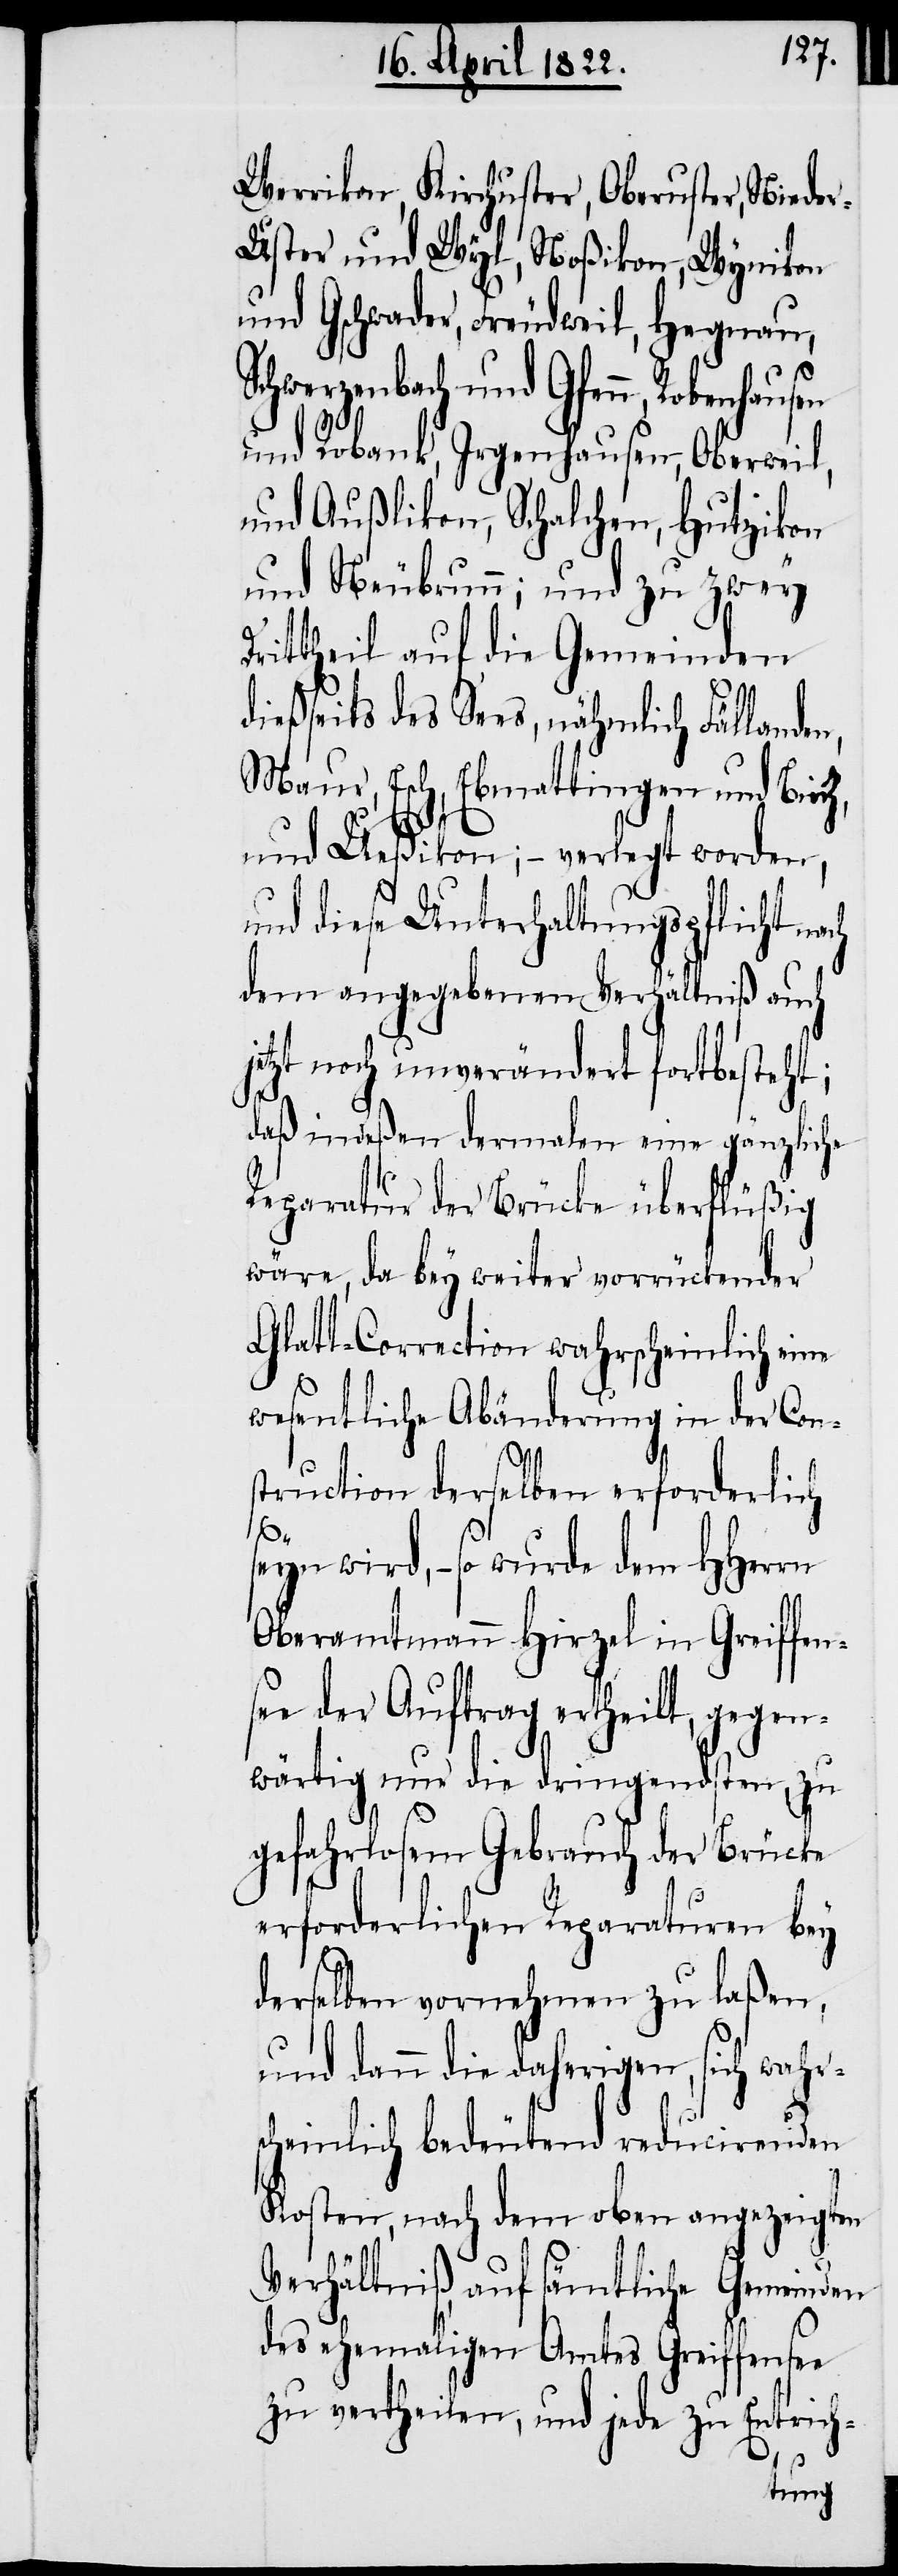
Werrikon, Kirchuster, Oberuster, Niede¬
r-Uster und Wyl, Noßikon, Wynikon
und Gschwader, Freudweil, Hegnau,
Schwerzenbach und Gfenn, Robenhausen
und Robank, Irgenhausen, Oberweil,
und Außlikon, Schalchen, Hutzikon
und Neubrunn; und zu zwey
Drittheil auf die Gemeinden
dießseits des Sees, nähmlich Fällande¬
Maur, Esch, Ebmattingen und Birch,
und Ueßlikon; – verlegt worden,
und diese Unterhaltungspflicht nach
dem angegebenen Verhältniß auch
jetzt noch unverändert fortbesteht;
daß indeßen dermalen eine gänzliche
Reparatur der Brücke überflüßig
wäre, da bey weiter vorrückender
Glatt-Correction wahrscheinlich eine
wesentliche Abänderung in der Con¬
struction derselben erforderliche
seyn wird, – so wurde dem HHerrn
Oberamtmann Hirzel in Greiffen¬
see der Auftrag ertheilt, gegen¬
wärtig nur die dringendsten, zu
gefahrlosem Gebrauch der Brücke
erforderlichen Reparaturen bey
n,
derselben vornehmen zu laßen,
und dann die daherigen, sich wahrs¬
cheinlich bedeutend reducirenden
Kosten, nach dem oben angezeigten
Verhältniß, auf sämtliche Gemeinden
des ehemaligen Amtes Greiffensee
zu vertheilen, und jede zu Entrich-